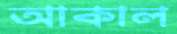
আকাল